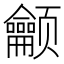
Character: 𬱳